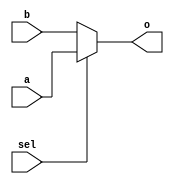
module MUX9(
  input sel,
  input[8:0] a, b,
  output[8:0] o
);
  assign o = sel? a: b;
endmodule

module MUX4(
  input sel,
  input[3:0] a, b,
  output[3:0] o
);
  assign o = sel? a: b;
endmodule

module MUX32(
  input sel,
  input[31:0] a, b,
  output[31:0] o
);
  assign o = sel? a: b;
endmodule